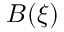
B ( \xi )